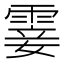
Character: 霎